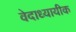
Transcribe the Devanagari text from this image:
वेदाध्यायीक